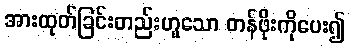
အားထုတ်ခြင်းတည်းဟူသော တန်ဖိုးကိုပေး၍